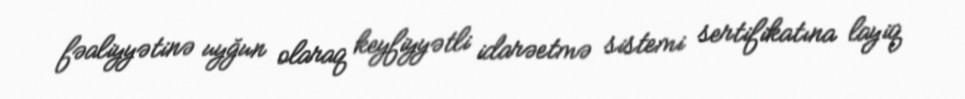
fəaliyyətinə uyğun olaraq keyfiyyətli idarəetmə sistemi sertifikatına layiq